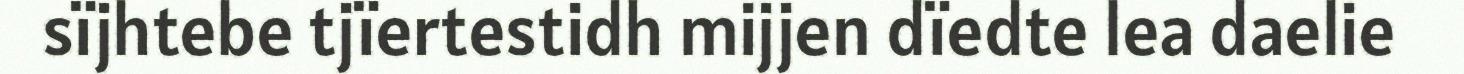
sïjhtebe tjïertestidh mijjen dïedte lea daelie